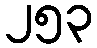
၂၅၃